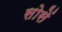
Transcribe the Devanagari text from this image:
सोसें